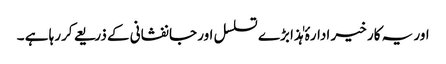
اور یہ کار خیر ادارۂ ہٰذا بڑے تسلسل اور جانفشانی کے ذریعے کررہا ہے ۔